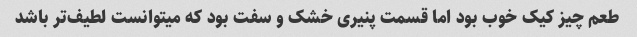
طعم چیز کیک خوب بود اما قسمت پنیری خشک و سفت بود که میتوانست لطیف‌تر باشد